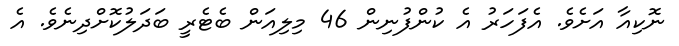
ނޮކިއާ އަށެވެ. އެފަހަރު އެ ކުންފުނިން 46 މިލިއަން ބެޓެރީ ބަދަލުކޮށްދިނެވެ. އެ